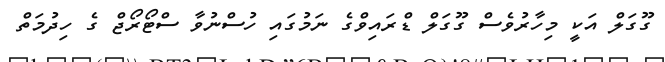
ގޫގަލް އަކީ މިހާރުވެސް ގޫގަލް ޑްރައިވްގެ ނަމުގައި ހުސްނުވާ ސްޓޯރޯޖް ގެ ހިދުމަތް